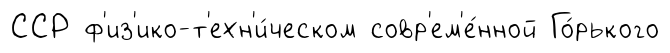
ССР ф'из'ико-т'ехн'и́ческом совр'ем'е́нной Го́рького